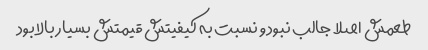
طعمش اصلا جالب نبود و نسبت به کیفیتش قیمتش بسیار بالا بود